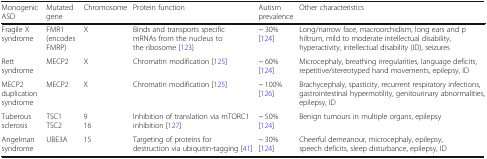
| Monogenic ASD | Mutated gene | Chromosome | Protein function | Autism prevalence | Other characteristics |
 | --- | --- | --- | --- | --- | --- |
 | Fragile X syndrome | FMR1 (encodes FMRP) | X | Binds and transports specific mRNAs from the nucleus to the ribosome [123] | ~ 30% [124] | Long/narrow face, macroorchidism, long ears and philtrum, mild to moderate intellectual disability, hyperactivity, intellectual disability (ID), seizures |
 | Rett syndrome | MECP2 | X | Chromatin modification [125] | ~ 60% [124] | Microcephaly, breathing irregularities, language deficits, repetitive/stereotyped hand movements, epilepsy, ID |
 | MECP2 duplication syndrome | MECP2 | X | Chromatin modification [125] | ~ 100% [126] | Brachycephaly, spasticity, recurrent respiratory infections, gastrointestinal hypermotility, genitourinary abnormalities, epilepsy, ID |
 | Tuberous sclerosis | TSC1TSC2 | 916 | Inhibition of translation via mTORC1 inhibition [127] | ~ 50% [124] | Benign tumours in multiple organs, epilepsy |
 | Angelman syndrome | UBE3A | 15 | Targeting of proteins for destruction via ubiquitin-tagging [41] | ~ 30% [124] | Cheerful demeanour, microcephaly, epilepsy, speech deficits, sleep disturbance, epilepsy, ID |